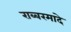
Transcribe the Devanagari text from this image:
राब्बरमादे